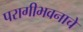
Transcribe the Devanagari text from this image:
परागीभवनाचे